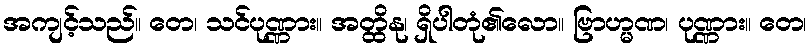
အကျင့်သည်။ တေ၊ သင်ပုဏ္ဏား။ အတ္ထိနု၊ ရှိပါတုံ၏လော။ ဗြာဟ္မဏ၊ ပုဏ္ဏား။ တေ၊